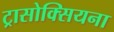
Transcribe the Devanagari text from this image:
ट्रासोक्सियना